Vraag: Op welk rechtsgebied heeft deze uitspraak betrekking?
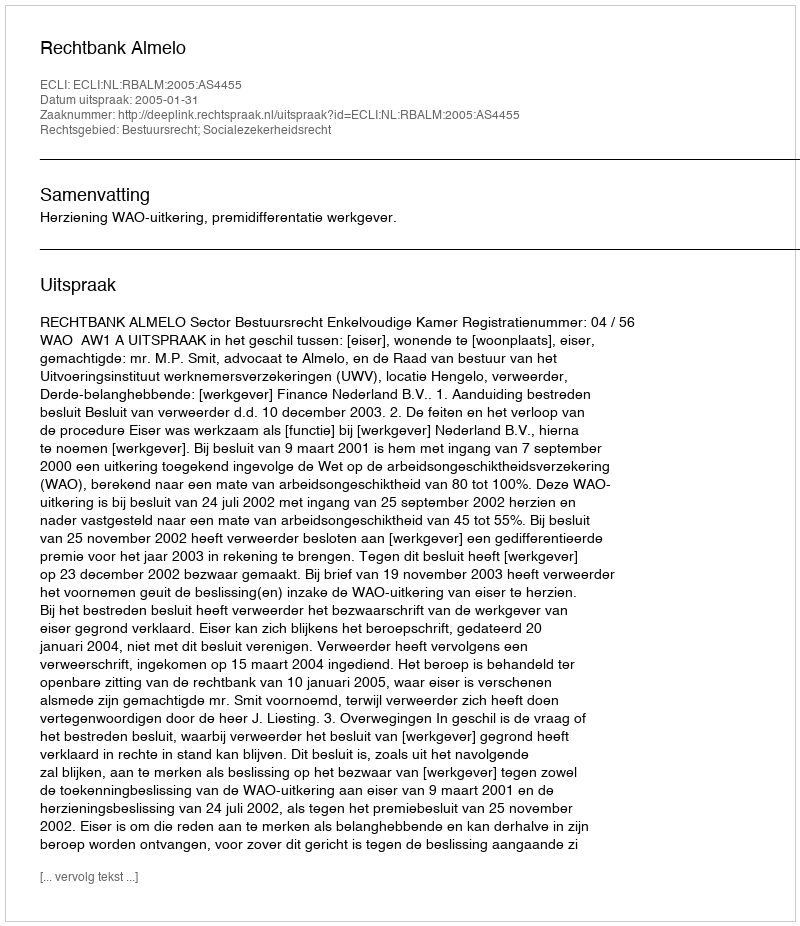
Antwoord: Bestuursrecht; Socialezekerheidsrecht